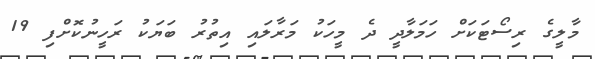
މާލީގެ ރިސޯޓަކަށް ހަމަލާދީ ދެ މީހަކު މަރާލައި އިތުރު ބަޔަކު ރަހީނުކޮށްފި 19